Lunatic asylums Madras 1892-1911 - 1892-1911
Year: 1892
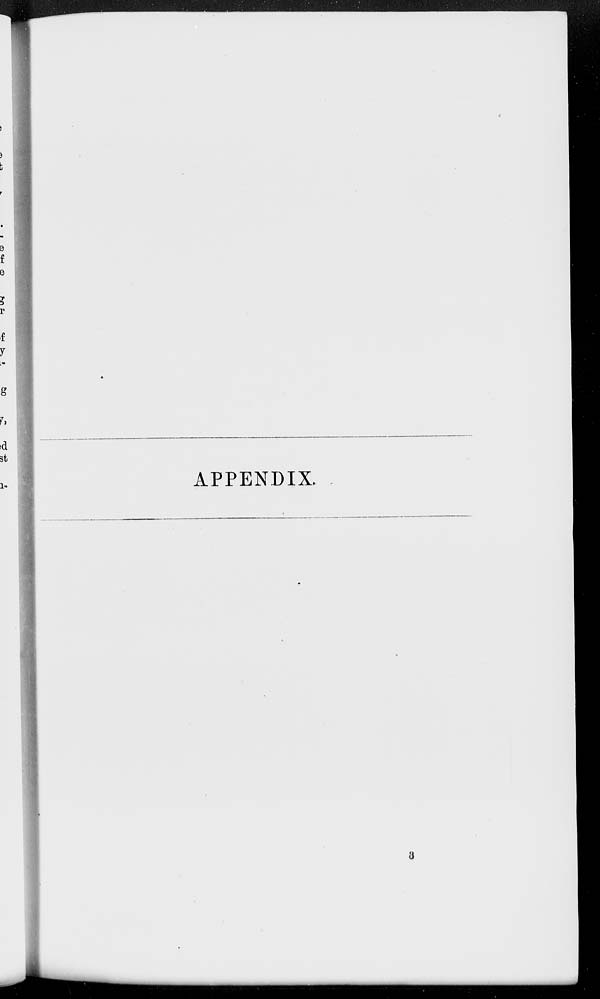
APPENDIX.
3